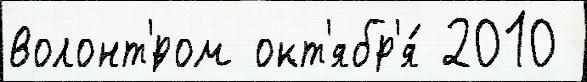
волонт'́ром окт'ябр'я́ 2010